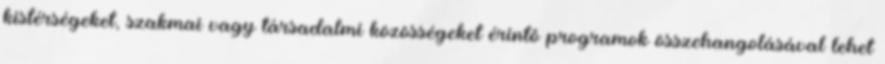
kistérségeket, szakmai vagy társadalmi közösségeket érintô programok összehangolásával lehet